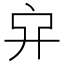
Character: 𠂂